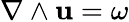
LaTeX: \nabla\wedge\mathbf{u}=\omega